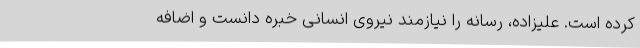
کرده است. علیزاده، رسانه را نیازمند نیروی انسانی خبره دانست و اضافه